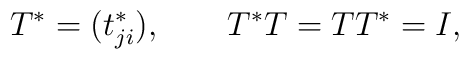
T^* = (t_{ji}^*),\qquad T^* T = T T^* = I,